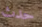
حدث